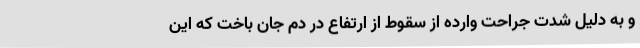
و ‌‌به دلیل شدت جراحت وارده از سقوط از ارتفاع در دم جان باخت که این